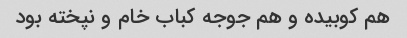
هم کوبیده و هم جوجه کباب خام و نپخته بود